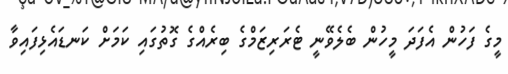
މީގެ ފަހުން އެފަދަ މީހުން ބެލެވޭނީ ޓެރަރިޒަމްގެ ބިރެއްގެ ގޮތުގައި ކަމަށް ކަނޑައެޅިފައިވާ